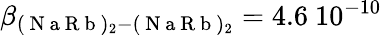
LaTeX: \beta_{(\mathrm{~N~a~R~b~})_{2}-(\mathrm{~N~a~R~b~})_{2}}=4.6\ 10^{-10}